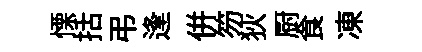
慄括弔逢併笏狄厨食凍